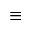
\equiv